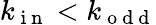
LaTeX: k_{\mathrm{~i~n~}}<k_{\mathrm{~o~d~d~}}